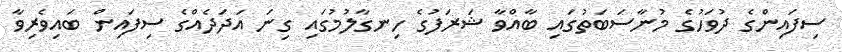
ސިފައިންގެ ދުވަހުގެ މުނާސަބަތުގައި ބާއްވާ ޝަރަފުގެ ހިނގާލުމުގައި ގިނަ އަދަދެއްގެ ސިފައިން ބައިވެރިވާ